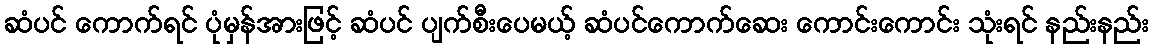
ဆံပင် ကောက်ရင် ပုံမှန်အားဖြင့် ဆံပင် ပျက်စီးပေမယ့် ဆံပင်ကောက်ဆေး ကောင်းကောင်း သုံးရင် နည်းနည်း